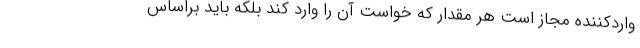
واردکننده مجاز است هر مقدار که خواست آن را وارد کند بلکه باید براساس